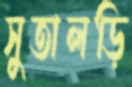
সুতালড়ি